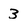
Character: 3